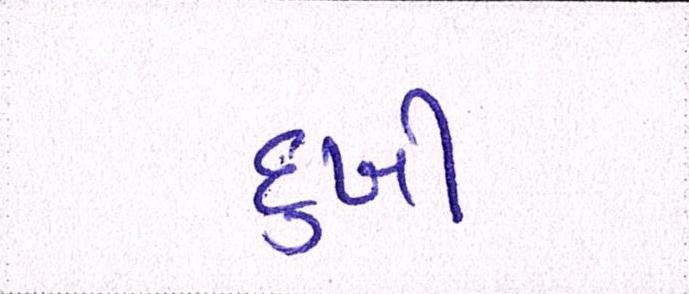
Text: દુખી